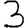
Digit: 3